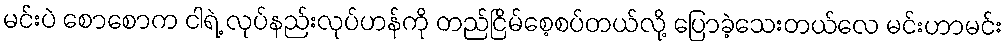
မင်းပဲ စောစောက ငါရဲ့ လုပ်နည်းလုပ်ဟန်ကို တည်ငြိမ်စေ့စပ်တယ်လို့ ပြောခဲ့သေးတယ်လေ မင်းဟာမင်း